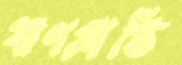
ঋণপ্রাপ্তি